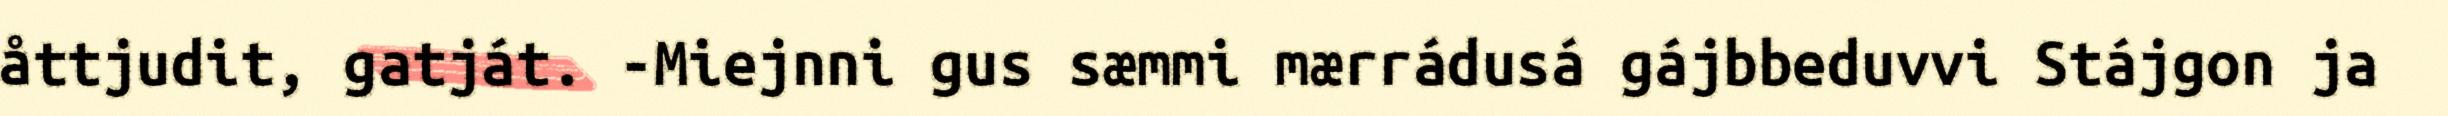
åttjudit, gatját. -Miejnni gus sæmmi mærrádusá gájbbeduvvi Stájgon ja